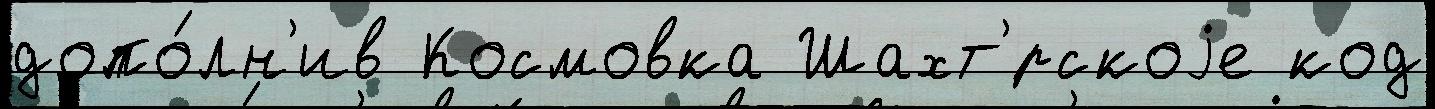
допо́лн'ив Космовка Шахт'́рскоjе код